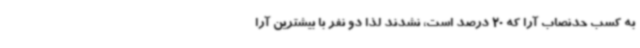
به کسب حدنصاب آرا که 20 درصد است، نشدند لذا دو نفر با بیشترین آرا